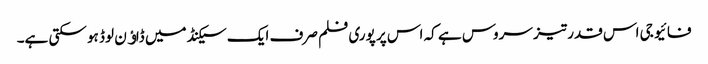
فائیو جی اس قدر تیز سروس ہے کہ اس پر پوری فلم صرف ایک سیکنڈ میں ڈاﺅن لوڈ ہو سکتی ہے۔